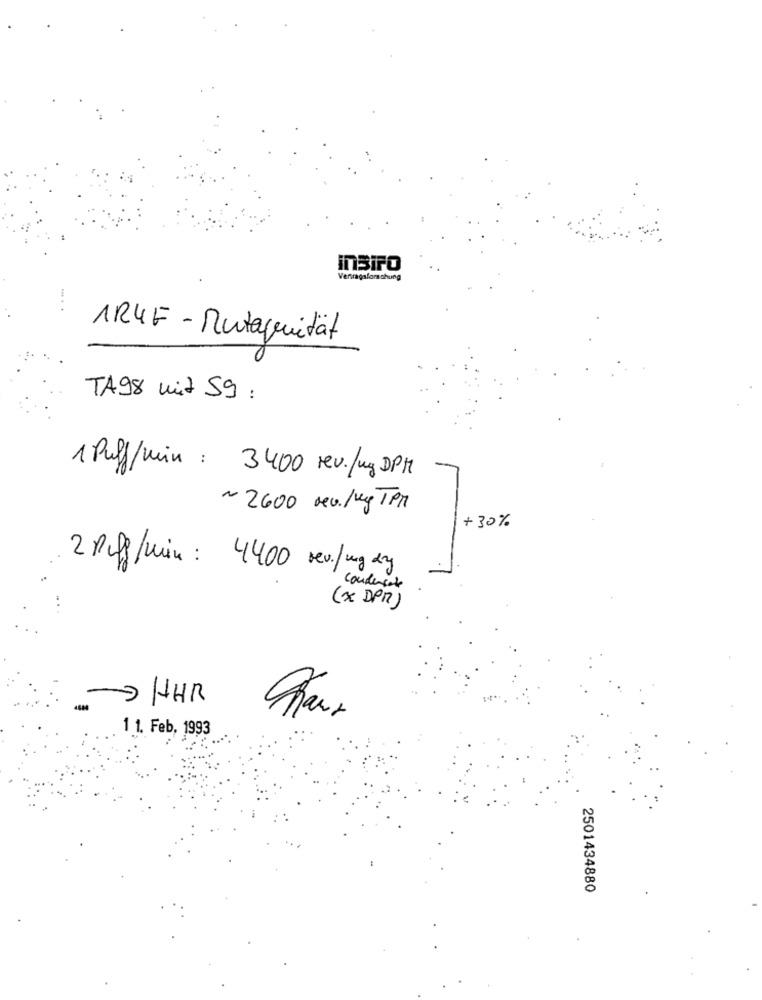
InSIFO
Vertragsforschung
1R4F - Mutagenität
TA98 mit 59 :
1 Puff/min : 3400 rev./ug DPM
~2600 rev. /veg TPM
+30%
2 Puff/min : 4400 rev./mg dry
condensate
(x DPM)
-HHR
1 1. Feb, 1993
2501434880